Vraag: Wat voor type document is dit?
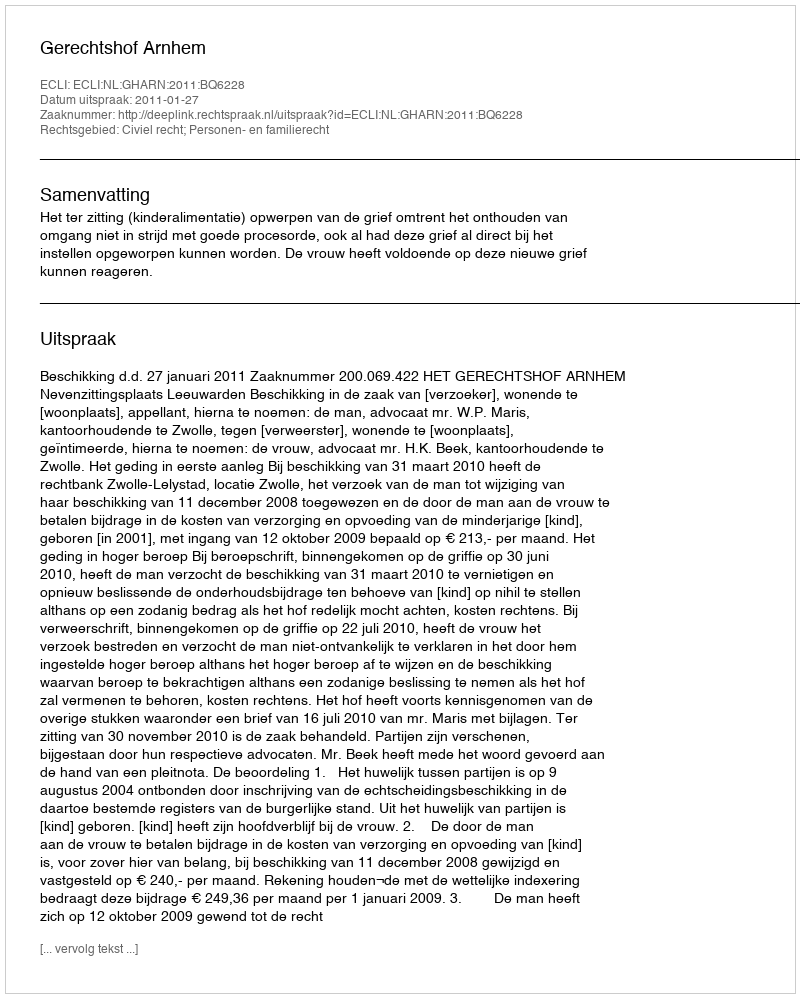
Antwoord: Uitspraak